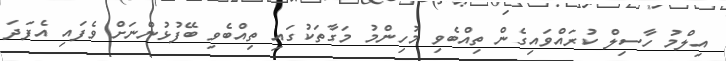
އިލްމު ހާސިލް ކުރައްވައިގެން ތިއްބެވި މުހިންމު މަގާތަކުުގައި ތިއްބެވި ބޭފުޅުންނަށް ވެފައި އެފަދަ